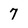
Character: 7